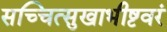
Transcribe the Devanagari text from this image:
सच्चित्सुखाभीष्टवरं